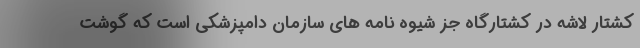
کشتار لاشه در کشتارگاه جز شیوه نامه های سازمان دامپزشکی است که گوشت